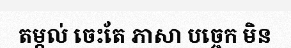
តម្កល់ ចេះតែ ភាសា បច្ចេក មិន